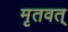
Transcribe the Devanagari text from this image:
मृतवत्